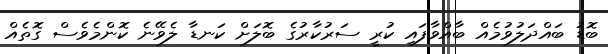
ބޮޑު ބައްދަލުވުމެއް ބާއްވާފައި ކުރީ ސަރުކާރުގެ ބޮލަށް ކަނޑާ ލެވޭނެ ކޮންމެވެސް ގޮތެއް